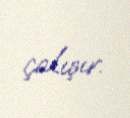
çalışır.